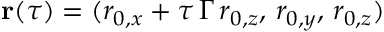
\mathbf { r } ( \tau ) = ( r _ { 0 , x } + \tau \, \Gamma \, r _ { 0 , z } , \, r _ { 0 , y } , \, r _ { 0 , z } )